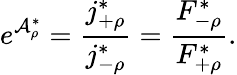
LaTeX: e^{\mathcal{A}_{\rho}^{\ast}}=\frac{j_{+\rho}^{\ast}}{j_{-\rho}^{\ast}}=\frac{F_{-\rho}^{\ast}}{F_{+\rho}^{\ast}}.